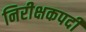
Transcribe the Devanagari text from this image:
निरीक्षकपदी